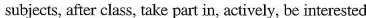
subjects，after class，take part in，actively，be interested